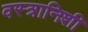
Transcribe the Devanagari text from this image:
वस्त्रानिशी